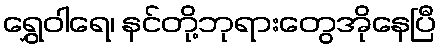
ရွှေဝါရေ၊ နင်တို့ဘုရားတွေအိုနေပြီ